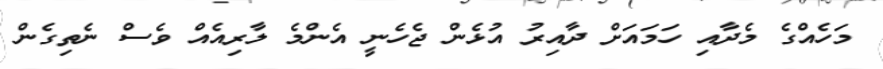
މަހެއްގެ މެދާއި ހަމައަށް ދާއިރު އުޅެން ޖެހެނީ އެންމެ ލާރިއެއް ވެސް ނެތިގެން